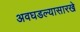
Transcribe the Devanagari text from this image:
अवघडल्यासारखे